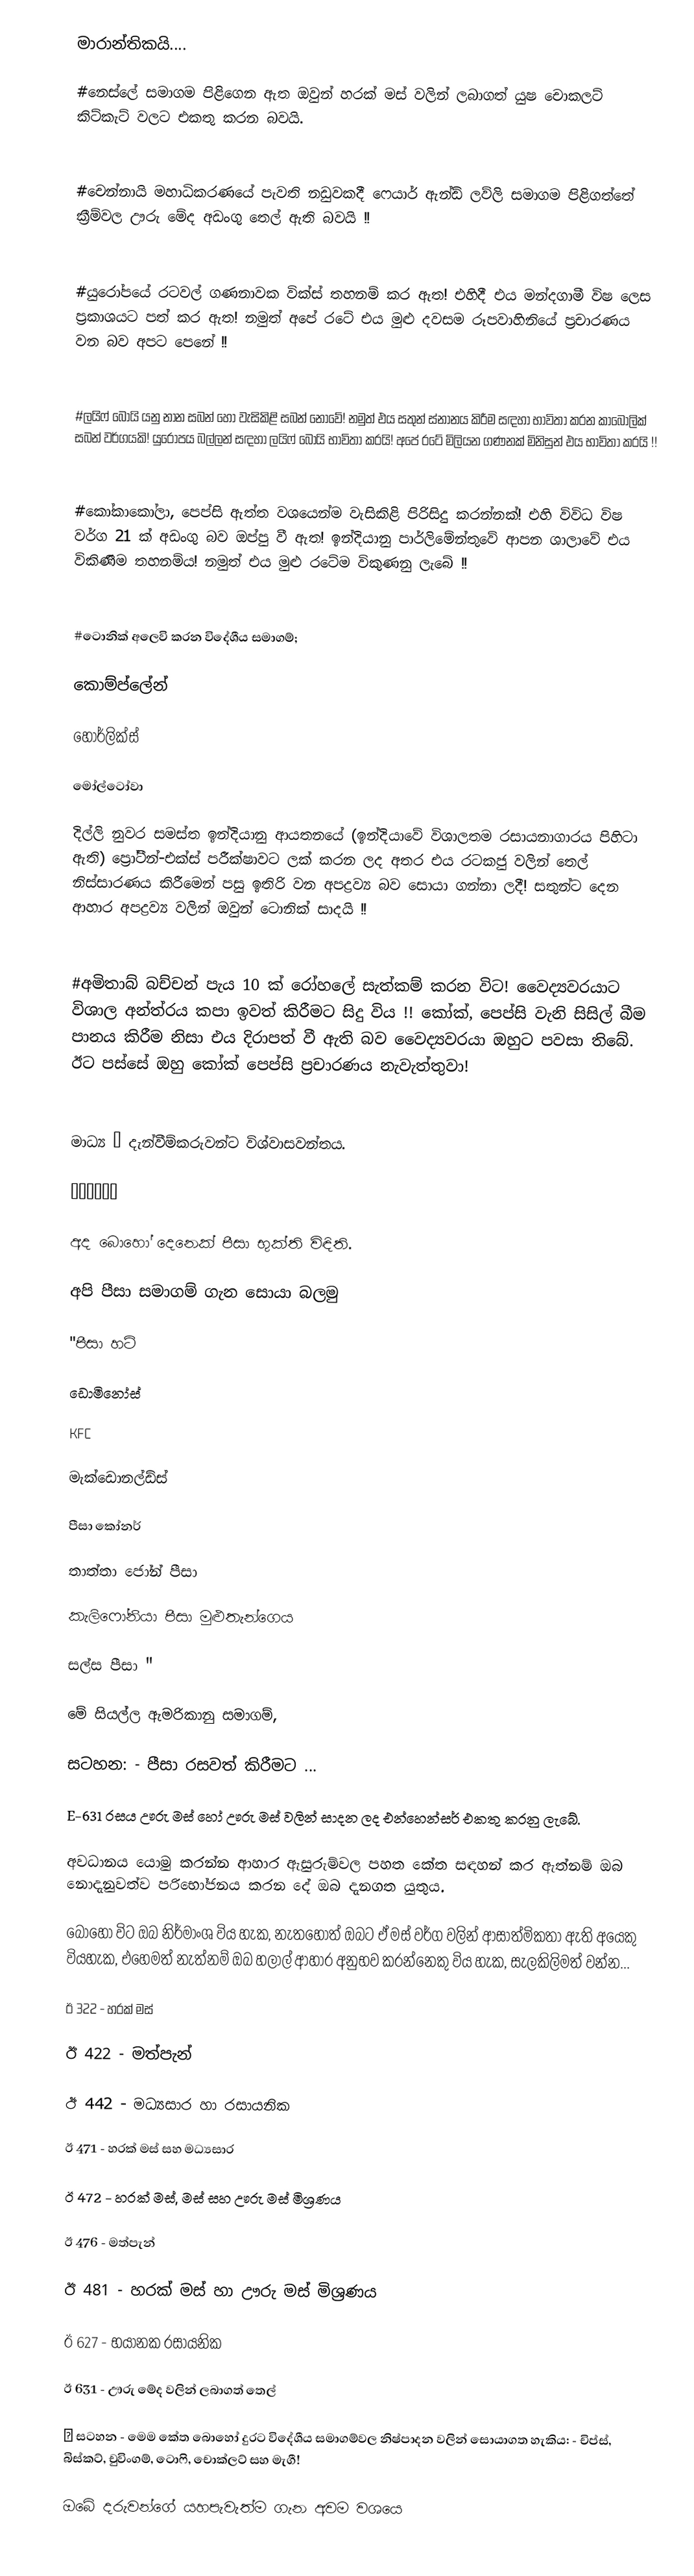
මාරාන්තිකයි....

#නෙස්ලේ සමාගම පිළිගෙන ඇත ඔවුන් හරක් මස් වලින් ලබාගත් යුෂ චොකලට් කිට්කැට් වලට එකතු කරන බවයි.

#චෙන්නායි මහාධිකරණයේ පැවති නඩුවකදී ෆෙයාර් ඇන්ඩ් ලව්ලි සමාගම පිළිගත්තේ ක්‍රීම්වල ඌරු මේද අඩංගු තෙල් ඇති බවයි !!

#යුරෝපයේ රටවල් ගණනාවක වික්ස් තහනම් කර ඇත! එහිදී එය මන්දගාමී විෂ ලෙස ප්‍රකාශයට පත් කර ඇත! නමුත් අපේ රටේ එය මුළු දවසම රූපවාහිනියේ ප්‍රචාරණය වන බව අපට පෙනේ !!

#ලයිෆ් බෝයි යනු නාන සබන් හෝ වැසිකිළි සබන් නොවේ! නමුත් එය සතුන් ස්නානය කිරීම සඳහා භාවිතා කරන කාබොලික් සබන් වර්ගයකි! යුරෝපය බල්ලන් සඳහා ලයිෆ් බෝයි භාවිතා කරයි! අපේ රටේ මිලියන ගණනක් මිනිසුන් එය භාවිතා කරයි !!

#කෝකාකෝලා, පෙප්සි ඇත්ත වශයෙන්ම වැසිකිළි පිරිසිදු කරන්නක්! එහි විවිධ විෂ වර්ග 21 ක් අඩංගු බව ඔප්පු වී ඇත! ඉන්දියානු පාර්ලිමේන්තුවේ ආපන ශාලාවේ එය විකිණීම තහනම්ය! නමුත් එය මුළු රටේම විකුණනු ලැබේ !!

#ටොනික් අලෙවි කරන විදේශීය සමාගම්;

කොම්ප්ලේන්

හෝර්ලික්ස්

මෝල්ටෝවා

දිල්ලි නුවර සමස්ත ඉන්දියානු ආයතනයේ (ඉන්දියාවේ විශාලතම රසායනාගාරය පිහිටා ඇති) ප්‍රෝටීන්-එක්ස් පරීක්ෂාවට ලක් කරන ලද අතර එය රටකජු වලින් තෙල් නිස්සාරණය කිරීමෙන් පසු ඉතිරි වන අපද්‍රව්‍ය බව සොයා ගන්නා ලදී! සතුන්ට දෙන ආහාර අපද්‍රව්‍ය වලින් ඔවුන් ටොනික් සාදයි !!

#අමිතාබ් බච්චන් පැය 10 ක් රෝහලේ සැත්කම් කරන විට! වෛද්‍යවරයාට විශාල අන්ත්රය කපා ඉවත් කිරීමට සිදු විය !! කෝක්, පෙප්සි වැනි සිසිල් බීම පානය කිරීම නිසා එය දිරාපත් වී ඇති බව වෛද්‍යවරයා ඔහුට පවසා තිබේ. ඊට පස්සේ ඔහු කෝක් පෙප්සි ප්‍රචාරණය නැවැත්තුවා!

මාධ්‍ය 👉 දැන්වීම්කරුවන්ට විශ්වාසවන්තය.

🔨🔨🔨🔨🔨🔨

අද බොහෝ දෙනෙක් පීසා භුක්ති විඳිති.

අපි පීසා සමාගම් ගැන සොයා බලමු

"පීසා හට්

ඩොමිනෝස්

KFC

මැක්ඩොනල්ඩ්ස්

පීසා කෝනර්

තාත්තා ජෝන් පීසා

කැලිෆෝනියා පීසා මුළුතැන්ගෙය

සල්ස පීසා "

මේ සියල්ල ඇමරිකානු සමාගම්,

සටහන: - පීසා රසවත් කිරීමට ...

E-631 රසය ඌරු මස් හෝ ඌරු මස් වලින් සාදන ලද එන්හෙන්සර් එකතු කරනු ලැබේ.

අවධානය යොමු කරන්න ආහාර ඇසුරුම්වල පහත කේත සඳහන් කර ඇත්නම් ඔබ නොදැනුවත්ව පරිභෝජනය කරන දේ ඔබ දැනගත යුතුය.

බොහෝ විට ඔබ නිර්මාංශ විය හැක, නැතහොත් ඔබට ඒ මස් වර්ග වලින් ආසාත්මිකතා ඇති අයෙකු වියහැක, එහෙමත් නැත්නම් ඔබ හලාල් ආහාර අනුභව කරන්නෙකු විය හැක, සැලකිලිමත් වන්න...

ඊ 322 - හරක් මස්

ඊ 422 - මත්පැන්

ඊ 442 - මධ්‍යසාර හා රසායනික

ඊ 471 - හරක් මස් සහ මධ්‍යසාර

ඊ 472 - හරක් මස්, මස් සහ ඌරු මස් මිශ්‍රණය

ඊ 476 - මත්පැන්

ඊ 481 - හරක් මස් හා ඌරු මස් මිශ්‍රණය

ඊ 627 - භයානක රසායනික

ඊ 631 - ඌරු මේද වලින් ලබාගත් තෙල්

● සටහන - මෙම කේත බොහෝ දුරට විදේශීය සමාගම්වල නිෂ්පාදන වලින් සොයාගත හැකිය: - චිප්ස්, බිස්කට්, චුවිංගම්, ටොෆි, චොක්ලට් සහ මැගී!

ඔබේ දරුවන්ගේ යහපැවැත්ම ගැන අවම වශයෙ